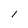
Character: I